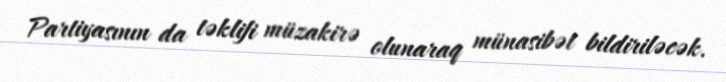
Partiyasının da təklifi müzakirə olunaraq münasibət bildiriləcək.